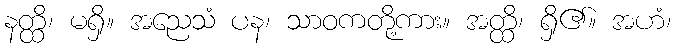
နတ္ထိ၊ မရှိ။ အညေသံ ပန၊ သာဝကတို့ကား။ အတ္ထိ၊ ရှိ၏။ အဟံ၊